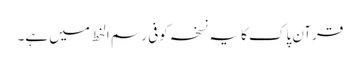
قرآن پاک کا یہ نسخہ کوفی رسم الخط میں ہے۔